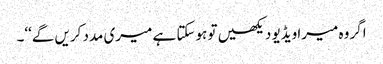
اگر وہ میرا ویڈیو دیکھیں تو ہوسکتا ہے میری مدد کریں گے‘‘۔